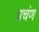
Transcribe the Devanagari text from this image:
प्रचंण